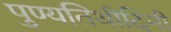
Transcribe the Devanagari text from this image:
पुण्यतिथीदिनी